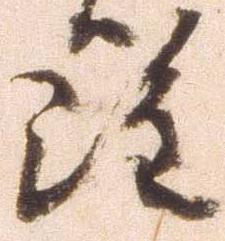
雖